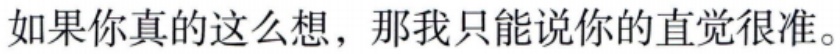
如果你真的这么想，那我只能说你的直觉很准。